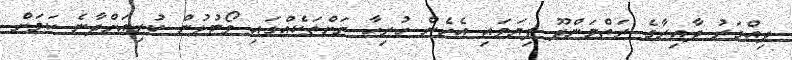
ދިއްގަރު ދާއިރާގެ ރަތްމަންދޫ ފިޔަވައި އެހެން ހުރިހާ ރަށްތަކެއްގައި ވޯޓުލުން ކުރިއަށްދާނެ ކަމަށް